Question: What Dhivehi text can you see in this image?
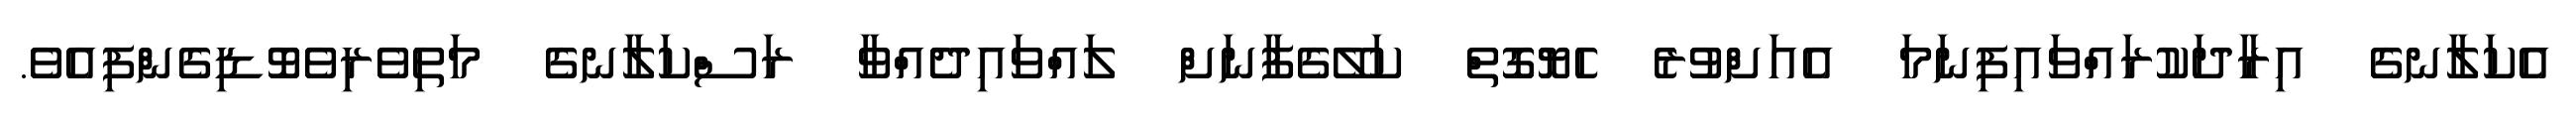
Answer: އެކަލާނގެ އިރާދަކުރައްވައިފިނަމަ އެއަށްވުރެ ހެޔޮގޮތް ކަލޭގެފާނަށް ލައްވައިދެއްވާ ރަސްކަލާނގެ މަތިވެރިވެވޮޑިގެންފިއެވެ.